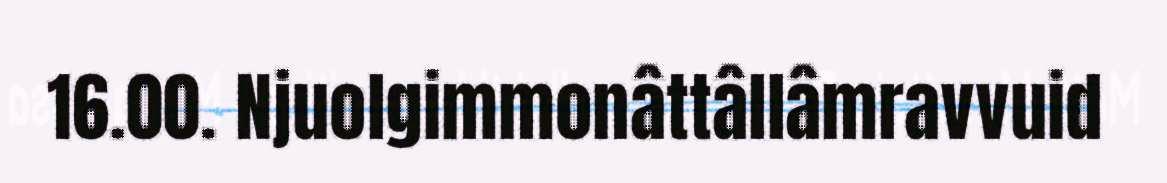
16.00. Njuolgimmonâttâllâmravvuid